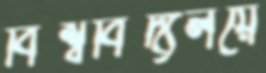
বিশ্ববিদ্যলয়ে